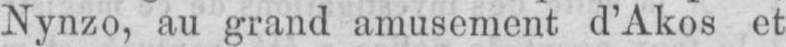
Nynzo, au grand amusement d’Akos et